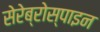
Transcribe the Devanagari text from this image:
सेरेब्रोस्पाइन